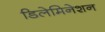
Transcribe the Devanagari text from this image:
डिलेमिनेशन